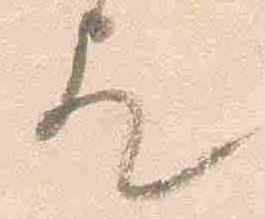
歟